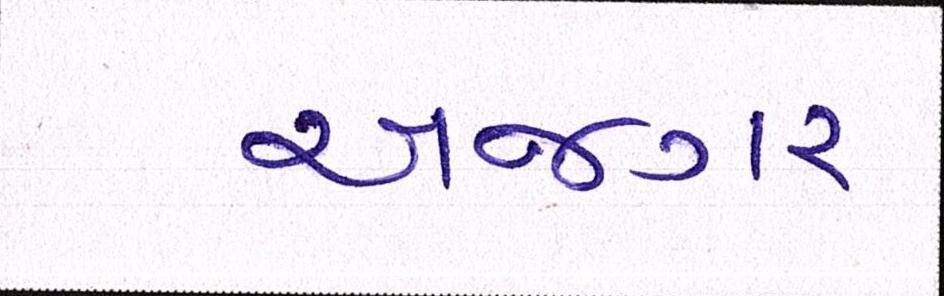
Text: અજગર